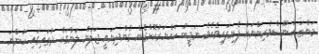
މަންޒަރު ނޫސްވެރިންނަށް ފެނިފައިވެއެވެ. ނަޖީބު ހައްޔަރުކޮށްގެން ގެންދިޔައީ ޖަލަން ލަންގަކް ދުތައިގައި ހުންނަ